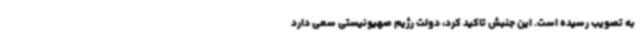
به تصویب رسیده است. این جنبش تاکید کرد، دولت رژیم صهیونیستی سعی دارد